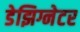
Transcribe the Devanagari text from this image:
डेझिग्नेटर